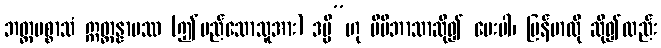
ဘတ္တပစ္စာသံ ဣတ္ထန္နာမဿ (ဤမည်သောသူအား) ဒမ္မိ”ဟု မိမိဘာသာဆို၍ ပေးပါ၊ မြန်မာလို ဆို၍လည်း